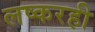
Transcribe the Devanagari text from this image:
लष्करही